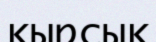
қырсық